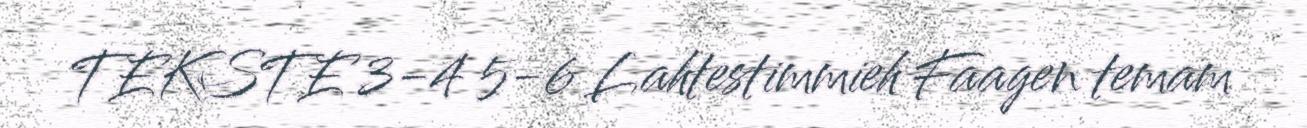
TEKSTE 3-4 5-6 Lahtestimmieh Faagen temam